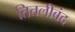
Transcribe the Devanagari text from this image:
तितलीबंद